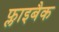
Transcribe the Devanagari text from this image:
फ्लाइबैक